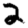
Digit: 2